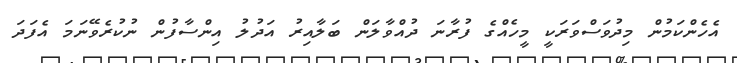
އެހެންކަމުން މިދުވަސްވަރަކީ މީހެއްގެ ފުރާނަ ދުއްވާލަން ބަލާއިރު އަދުލު އިންސާފުން ނުކުރެވޭނަމަ އެފަދަ